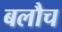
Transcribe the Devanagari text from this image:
बलौच